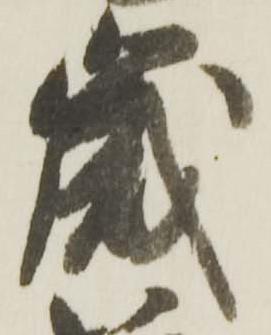
歳